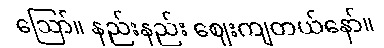
ဪ။ နည်းနည်း ဈေးကျတယ်နော်။